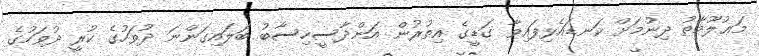
މަޢުލޫމާތު ދިނުމަށް ކަނޑައެޅިފައިވާ ގަޑީގެ އިތުރުން އަންދާސީހިސާބު ބަލައިގަންނަ ދުވަހުގެ ކުރީ ދުވަހުގެ